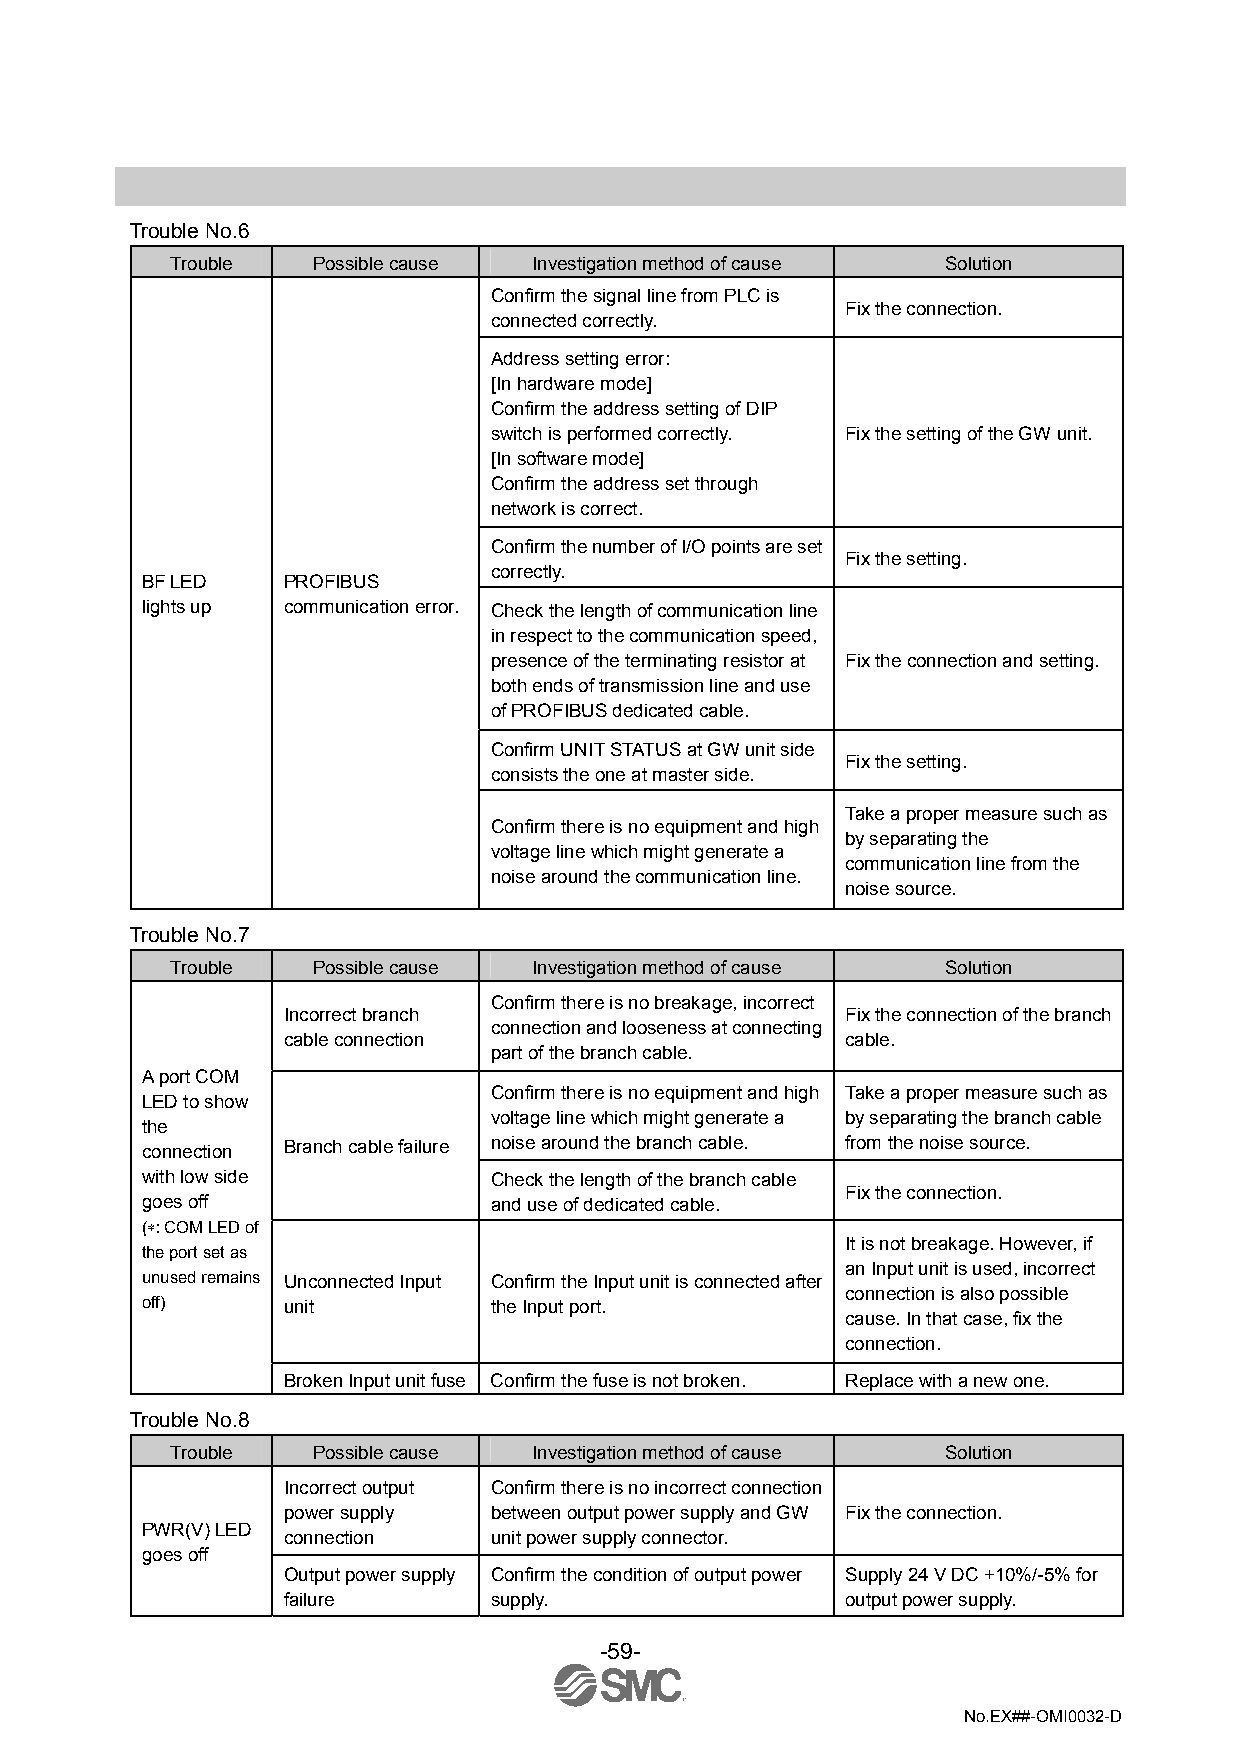
Trouble No.6
 Trouble   Possible cause Investigation method of cause Solution
 Confirm the signal line from PLC is
 Fix the connection.
 connected correctly.
 Address setting error:
 [In hardware mode]
 Confirm the address setting of DIP
 switch is performed correctly. Fix the setting of the GW unit.
 [In software mode]
 Confirm the address set through
 network is correct.
 Confirm the number of I/O points are set
 Fix the setting.
 correctly.
 BF LED    PROFIBUS
 lights up communication error. Check the length of communication line
 in respect to the communication speed,
 presence of the terminating resistor at Fix the connection and setting.
 both ends of transmission line and use
 of PROFIBUS dedicated cable.
 Confirm UNIT STATUS at GW unit side
 Fix the setting.
 consists the one at master side.
 Take a proper measure such as
 Confirm there is no equipment and high
 by separating the
 voltage line which might generate a
 communication line from the
 noise around the communication line.
 noise source.
 Trouble No.7
 Trouble   Possible cause Investigation method of cause Solution
 Confirm there is no breakage, incorrect
 Incorrect branch                     Fix the connection of the branch
 connection and looseness at connecting
 cable connection                     cable.
 part of the branch cable.
 A port COM
 Confirm there is no equipment and high Take a proper measure such as
 LED to show
 voltage line which might generate a by separating the branch cable
 the
 connection Branch cable failure noise around the branch cable. from the noise source.
 with low side          Check the length of the branch cable
 Fix the connection.
 goes off               and use of dedicated cable.
 (∗: COM LED of
 It is not breakage. However, if
 the port set as
 an Input unit is used, incorrect
 unused remains Unconnected Input Confirm the Input unit is connected after
 connection is also possible
 off)      unit         the Input port.
 cause. In that case, fix the
 connection.
 Broken Input unit fuse Confirm the fuse is not broken. Replace with a new one.
 Trouble No.8
 Trouble   Possible cause Investigation method of cause Solution
 Incorrect output Confirm there is no incorrect connection
 power supply between output power supply and GW Fix the connection.
 PWR(V) LED
 connection   unit power supply connector.
 goes off
 Output power supply Confirm the condition of output power Supply 24 V DC +10%/-5% for
 failure      supply.                 output power supply.
 -59-
 No.EX##-OMI0032-D